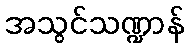
အသွင်သဏ္ဍာန်